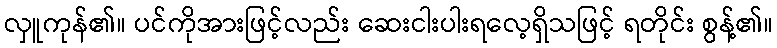
လှူကုန်၏။ ပင်ကိုအားဖြင့်လည်း ဆေးငါးပါးရလေ့ရှိသဖြင့် ရတိုင်း စွန့်၏။